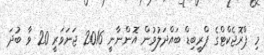
މި ޕްރޮޖެކްޓްގެ ޕްރީބިޑް ބައްދަލުވުން އޮންނާނީ 2016 ޖަނަވަރީ 20 ވާ ބުދަ